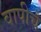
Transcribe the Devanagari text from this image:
वापीचे